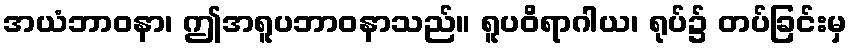
အယံဘာဝနာ၊ ဤအရူပဘာဝနာသည်။ ရူပဝိရာဂါယ၊ ရုပ်၌ တပ်ခြင်းမှ